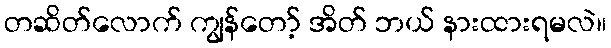
တဆိတ်လောက် ကျွန်တော့် အိတ် ဘယ် နားထားရမလဲ။